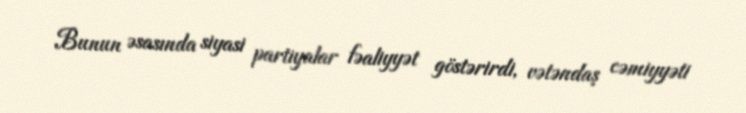
Bunun əsasında siyasi partiyalar fəaliyyət göstərirdi, vətəndaş cəmiyyəti